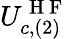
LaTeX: U_{c,(2)}^{\mathrm{~H~F~}}